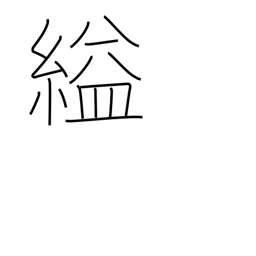
Meaning: strangle